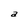
Character: a